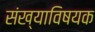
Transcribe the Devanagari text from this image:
संख्याविषयक